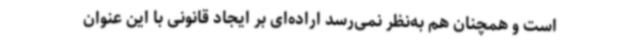
است و همچنان هم به‌نظر نمی‌رسد اراده‌ای بر ایجاد قانونی با این عنوان